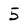
Character: 5